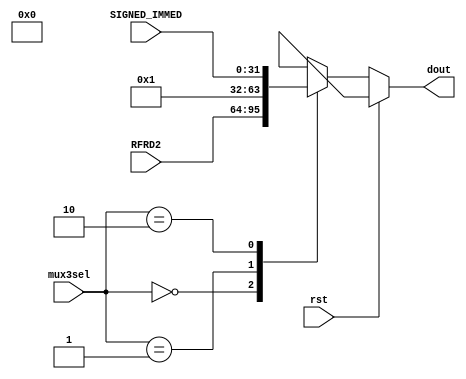
`timescale 1ns / 1ps
//////////////////////////////////////////////////////////////////////////////////
// Company: 
// Engineer: 
// 
// Design Name: 
// Module Name: mux3
// Project Name: 
// Target Devices: 
// Tool Versions: 
// Description: 
// 
// Dependencies: 
// 
// Revision:
// Revision 0.01 - File Created
// Additional Comments:
// 
//////////////////////////////////////////////////////////////////////////////////


module mux3 
/*** PARAMETERS ***/
#(parameter
    DATA_WL     = 32,
    ADDR_RF_WL  = 5,
    ADDR_MEM    = 32,
    IMMED_WL    = 16,
    JUMP_WL     = 26
)
/*** IN/OUT ***/
(
    // IN
    input                           rst,
    input [2 : 0]                   mux3sel,
    input [DATA_WL - 1 : 0]         RFRD2,
                                    SIGNED_IMMED,
    // OUT
    output reg [DATA_WL - 1 : 0]    dout
);
    always @(*)
    begin
        if(rst) dout = 1'bx;
        else
        begin
            case(mux3sel)
                0:
                begin
                    dout = RFRD2;
                end
                1:
                begin
                    dout = 1;
                end
                2:
                begin
                    dout = SIGNED_IMMED;
                end
                default dout = 1'bx;
            endcase
        end
    end
endmodule